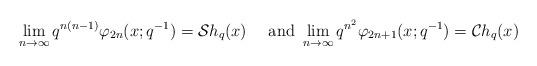
LaTeX: \begin{align*} \lim_{n\rightarrow\infty}q^{n(n-1)}\varphi_{2n}(x;q^{-1})=\mathcal{S}h_{q}(x) \quad\mbox{ and } \lim_{n\rightarrow\infty}q^{n^{2}}\varphi_{2n+1}(x;q^{-1})=\mathcal{C}h_{q}(x) \end{align*}